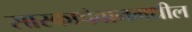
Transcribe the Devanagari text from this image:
सास्काचेवानमधील